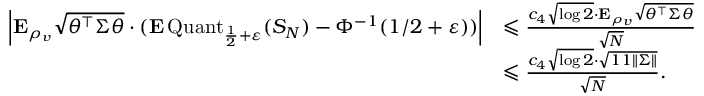
\begin{array} { r l } { \left| { \mathbf E } _ { \rho _ { v } } \sqrt { \theta ^ { \top } \Sigma \theta } \cdot ( { \mathbf E } \operatorname { Q u a n t } _ { \frac { 1 } { 2 } + \varepsilon } ( S _ { N } ) - \Phi ^ { - 1 } ( 1 / 2 + \varepsilon ) ) \right| } & { \leqslant \frac { c _ { 4 } \sqrt { \log 2 } \cdot { \mathbf E } _ { \rho _ { v } } \sqrt { \theta ^ { \top } \Sigma \theta } } { \sqrt { N } } } \\ & { \leqslant \frac { c _ { 4 } \sqrt { \log 2 } \cdot \sqrt { 1 1 \| \Sigma \| } } { \sqrt { N } } . } \end{array}